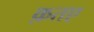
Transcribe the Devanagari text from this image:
क़तए